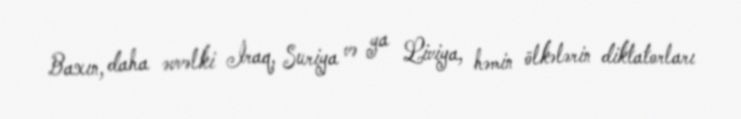
Baxın, daha əvvəlki İraq, Suriya və ya Liviya, həmin ölkələrin diktatorları